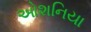
ઓશનિયા